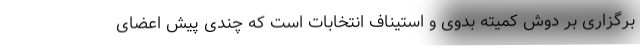
برگزاری بر دوش کمیته بدوی و استیناف انتخابات است که چندی پیش اعضای